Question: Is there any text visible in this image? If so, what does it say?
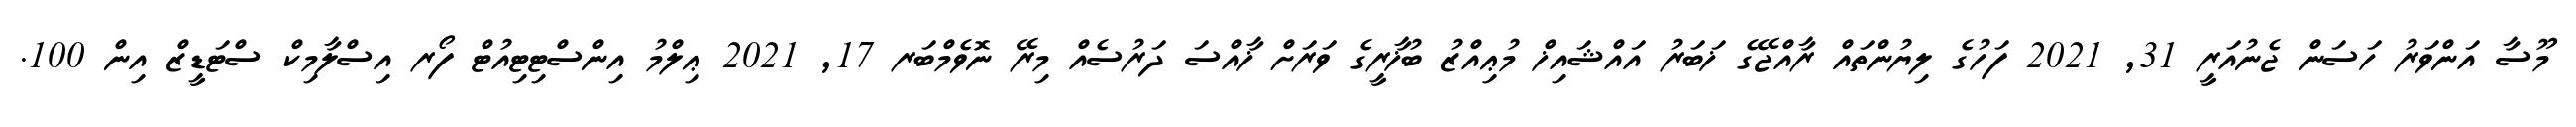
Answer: މޫސާ އަންވަރު ހަސަން ޖެނުއަރީ 31, 2021 ފަހުގެ ލިޔުންތައް ރާއްޖޭގެ ޚަބަރު އައްޝައިޚް މުޢިއްޒު ބުޚާރީގެ ވަރަށް ޚާއްސަ ދަރުސެއް މިރޭ ނޮވެމްބަރ 17, 2021 ޢިލްމު އިންސްޓިޓިއުޓް ފޯރ އިސްލާމިކް ސްޓަޑީޒް އިން 100.